Vaccination in Bombay 1874-1876 - 1874-1876
Year: 1874
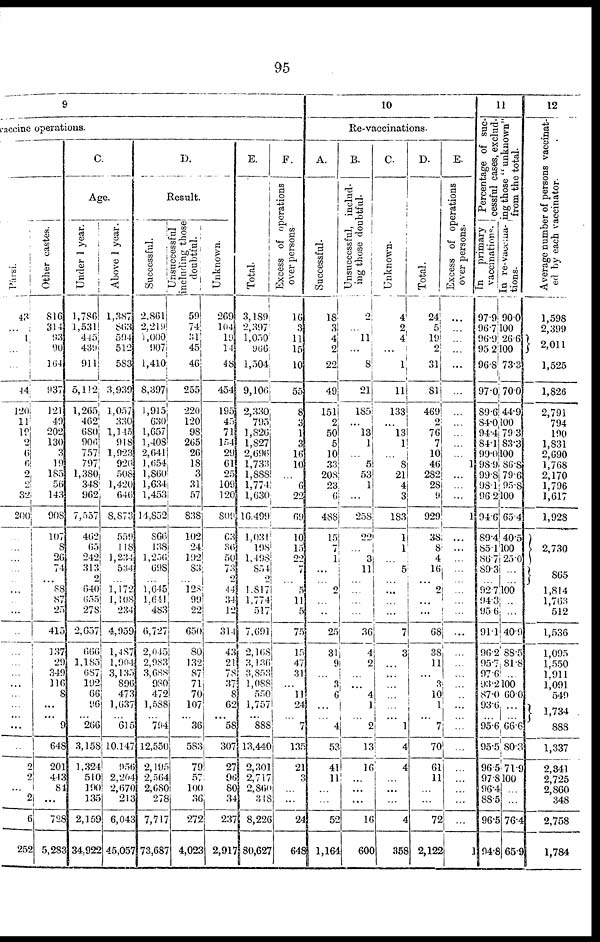
95
9
accine operations.
Pársí.
43
...
1
...
...
44
120
11
19
2
6
6
2
2
32
200
...
...
...
...
...
...
...
...
...
...
...
...
...
...
...
...
...
...
2
2
...
2
6
252
Other castes.
816
314
93
90
l64
937
121
49
202
130
3
19
185
56
143
908
107
8
26
74
...
88
87
25
415
137
29
349
116
8
...
...
9
648
201
443
84
...
728
5,283
C
Age.
Under 1 year.
1,786
1,531
445
439
911
5,112
1,265
462
680
906
757
797
1,380
348
962
7,557
462
65
242
313
2
640
655
278
2,657
666
1,185
687
192
66
96
...
266
3,158
1,324
510
190
135
2,159
34,922
Above 1 year.
1,387
863
594
512
583
3,939
1,057
330
1,145
918
1,923
926
508
1,420
646
8,873
559
118
1,234
534
...
1,172
1,108
234
4,959
1,487
1,904
3,135
896
473
1,637
...
615
10,147
956
2,204
2,670
218
6,043
45,057
D.
Result.
Successful.
2,801
2,219
1,000
907
1,410
8,397
1,915.
630
1,657
1,408
2,641
1,654
1,860
1,634
1,453
14,852
866
138
1,256
608
...
1,645
1,641
483
6,727
2,045
2,983
3,688
980
472
1,588
...
794
12,550
2,195
2,564
2,680
278
7,717
73,687
unsuccessful
including those
doubtful.
59
74
31
45
46
255
220
120
98
265
26
18
3
31
57
838
102
24
192
83
... 128
99
22
650
80
132
87
71
70
107
...
36
583
79
57
100
36
272
4,023
Unknown.
269
104
19
14
48
454
195
45
71
154
29
61
25
109
120
809
63
36
50
73
2
44
34
12
314
43
21
78
37
8
62
...
58
307
27
96
80
34
237
2,917
E.
Total.
3,189
2,397
1,050
966
1,504
9,106
2,330
795
1,826
1,827
2,696
1,733
1,888
1,774
1,630
16,499
1,031
198
1,498
854
2
1,817
1,774
517
7,691
2,168
3,136
3,853
1,088
550
1,757
...
888
13,440
2,301
2,717
2,860
318
8,226
80,627
F.
Excess of operations
over persons
16
3
11
15
10
55
8
3
1
3
16
10
...
6
22
69
10
15
22
7
...
5
11
5
75
15
47
31
...
11
24
...
7
135
21
3
...
24
648
10
Re.vaccinations.
A.
Successful.
18
3
4 2
22
49
151
2
50
5
10
33
208
23
6
488
15
7
1
...
... 2
...
...
25
31
9
...
3
6
...
...
4
53
41
11
...
...
52
1,164
B.
Unsuccessful, includ-
ing those doubtful.
2
...
11
...
8
21
185
...
13
1
...
5
53
1
...
258
22
...
3
11
...
...
...
...
36
4
2
...
...
4
1
...
2
13
16
...
...
...
16
600
C
Unknown.
4
2
4
...
1
11
133
...
13
1
...
8
21
4
3
183
1
1
...
5
...
...
...
...
7
3
...
...
...
...
...
...
1
4
4
...
...
...
4
358
D.
Total.
24
5
19
2
31
81
469
2
76
7
10
46
282
28
9
929
38
8
4
16
... 2
...
...
68
38
11
...
3
10
1
...
7
70
61
11
...
...
72
2,122
E.
Excess of operations
over persons.
...
...
...
...
...
...
...
...
...
...
...
1
...
...
...
1
...
...
...
...
...
...
...
...
...
...
...
...
...
...
...
...
...
...
...
...
...
...
...
1
11
Percentage of suc-
cessful cases, exclud-
ing those " unknown"
from the total.
In primary
vaccinations.
97.9
96.7
96.9
95.2
96.8
97.0
89.6
84.0
94.4
84.1
99.0
98.9
99.8
98.1
96.2
94.6
89.4
85.1
86.7
89.3
...
92.7
94.3
95.6
91.1
96.2
95.7
97.6
93.2
87.0
93.6
...
95.6
95.5
96.5
97.8
96.4
88.5
96.5
94.8
In re-vaccina-
tions.
90.0
100
26.6
100
73.3
70.0
44.9
100
79.3
83.3
100
86.8
79.6
95.8
100
65.4
40.5
100
25.0
...
...
100
...
...
40.9
88.5
81.8
...
100
60.0
...
...
66.6
80.3
71.9
100
...
...
76.4
65.9
12
Average number of persons vaccinat-
ed by each vaccinator.
1,598
2,399
2,011
1,525
1,826
2,791
794
190
1,831
2,690
1,768
2,170
1,796
1,617
1,928
2,730
865
1,814
1,763
512
1,536
1,095
1,550
1,911
1,091
549
1,734
888
1,337
2,341
2,725
2,860
348
2,758
1,784